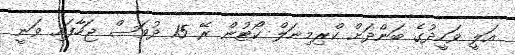
އަލީ ވަހީދުގެ ބަންދަށް ކްރިމިނަލް ކޯޓުން ރޭ 15 ދުވަސް ޖަހާފައި ވަނީ